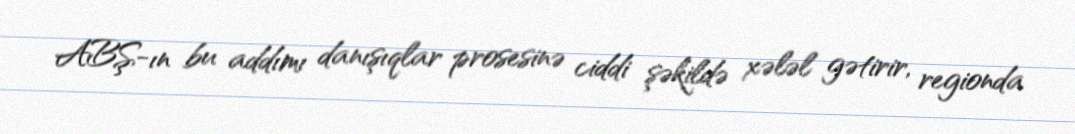
ABŞ-ın bu addımı danışıqlar prosesinə ciddi şəkildə xələl gətirir, regionda